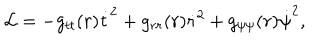
{ \cal L } = - g _ { t t } ( r ) \dot { t } ^ { 2 } + g _ { r r } ( r ) \dot { r } ^ { 2 } + g _ { \psi \psi } ( r ) \dot { \psi } ^ { 2 } ,